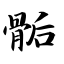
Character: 骺